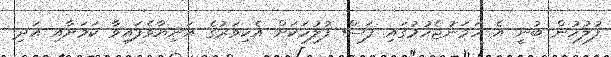
ފުލުހުން ބުނީ އެ ހަމަނުޖެހުމުގައި ފަސް ފުލުހަކަށް އެކިވަރުގެ އަނިޔާވެފައިވާ ކަމަށާއި އަދި